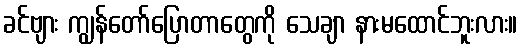
ခင်ဗျား ကျွန်တော်ပြောတာတွေကို သေချာ နားမထောင်ဘူးလား။